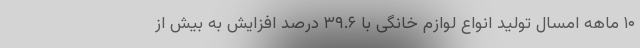
۱۰ ماهه امسال تولید انواع لوازم خانگی با ۳۹.۶ درصد افزایش به بیش از